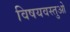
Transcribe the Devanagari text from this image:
विषयवस्तुओ